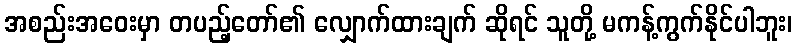
အစည်းအဝေးမှာ တပည့်တော်၏ လျှောက်ထားချက် ဆိုရင် သူတို့ မကန့်ကွက်နိုင်ပါဘူး၊